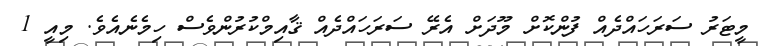
މީޓަރު ސަރަހައްދެއް ފުންކޮށް މޫދަށް އެރޭ ސަރަހައްދެއް ޤާއިމްކުރުންވެސް ހިމެނެއެވެ. މިއީ 1